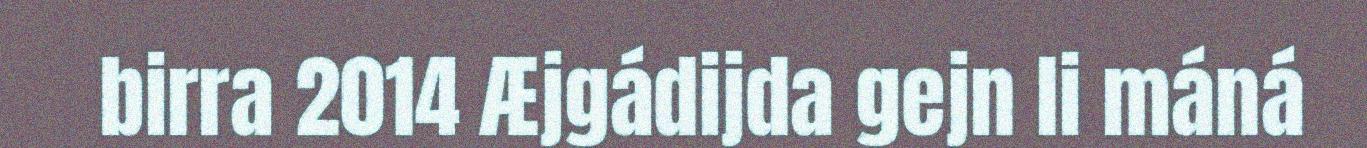
birra 2014 Æjgádijda gejn li máná